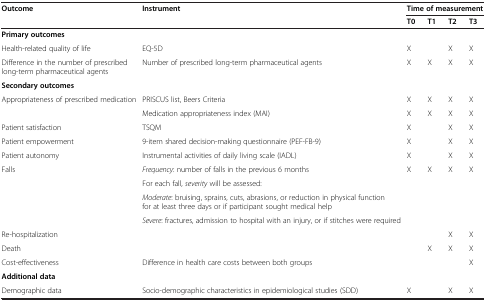
<table><thead><tr><td><b>Outcome</b></td><td><b>Instrument</b></td><td colspan="4"><b>Time of measurement</b></td></tr><tr><td></td><td></td><td><b>T0</b></td><td><b>T1</b></td><td><b>T2</b></td><td><b>T3</b></td></tr></thead><tbody><tr><td><b>Primary outcomes</b></td><td></td><td></td><td></td><td></td><td></td></tr><tr><td>Health-related quality of life</td><td>EQ-5D</td><td>X</td><td></td><td>X</td><td>X</td></tr><tr><td>Difference in the number of prescribed long-term pharmaceutical agents</td><td>Number of prescribed long-term pharmaceutical agents</td><td>X</td><td>X</td><td>X</td><td>X</td></tr><tr><td><b>Secondary outcomes</b></td><td></td><td></td><td></td><td></td><td></td></tr><tr><td>Appropriateness of prescribed medication</td><td>PRISCUS list, Beers Criteria</td><td>X</td><td>X</td><td>X</td><td>X</td></tr><tr><td></td><td>Medication appropriateness index (MAI)</td><td>X</td><td>X</td><td>X</td><td>X</td></tr><tr><td>Patient satisfaction</td><td>TSQM</td><td>X</td><td></td><td>X</td><td>X</td></tr><tr><td>Patient empowerment</td><td>9-item shared decision-making questionnaire (PEF-FB-9)</td><td>X</td><td></td><td>X</td><td>X</td></tr><tr><td>Patient autonomy</td><td>Instrumental activities of daily living scale (IADL)</td><td>X</td><td></td><td>X</td><td>X</td></tr><tr><td rowspan="4">Falls</td><td><i>Frequency</i>: number of falls in the previous 6 months</td><td rowspan="4">X</td><td rowspan="4">X</td><td rowspan="4">X</td><td rowspan="4">X</td></tr><tr><td>For each fall, <i>severity</i> will be assessed:</td></tr><tr><td><i>Moderate</i>: bruising, sprains, cuts, abrasions, or reduction in physical function for at least three days or if participant sought medical help</td></tr><tr><td><i>Severe</i>: fractures, admission to hospital with an injury, or if stitches were required</td></tr><tr><td>Re-hospitalization</td><td></td><td></td><td></td><td>X</td><td>X</td></tr><tr><td>Death</td><td></td><td></td><td>X</td><td>X</td><td>X</td></tr><tr><td>Cost-effectiveness</td><td>Difference in health care costs between both groups</td><td></td><td></td><td></td><td>X</td></tr><tr><td><b>Additional data</b></td><td></td><td></td><td></td><td></td><td></td></tr><tr><td>Demographic data</td><td>Socio-demographic characteristics in epidemiological studies (SDD)</td><td>X</td><td></td><td>X</td><td>X</td></tr></tbody></table>